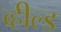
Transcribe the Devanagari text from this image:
व्हील्ड